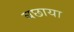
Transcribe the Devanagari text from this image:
बछाया